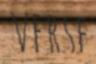
VERSE